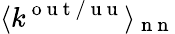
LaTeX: \langle k^{\mathrm{~o~u~t~/~u~u~}}\rangle_{\mathrm{~n~n~}}